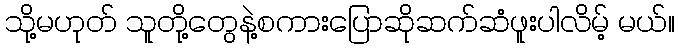
သို့မဟုတ် သူတို့တွေနဲ့စကားပြောဆိုဆက်ဆံဖူးပါလိမ့် မယ်။